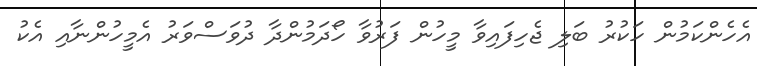
އެހެންކަމުން ހަކުރު ބަލި ޖެހިފައިވާ މީހުން ފަރުވާ ހޯދަމުންދާ ދުވަސްވަރު އެމީހުންނާއި އެކު